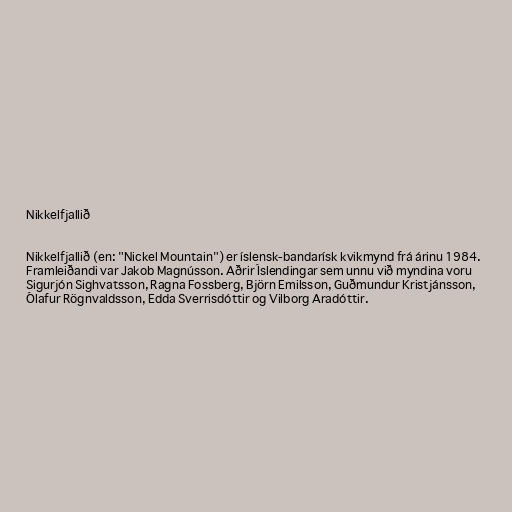
Nikkelfjallið

Nikkelfjallið (en: "Nickel Mountain") er íslensk-bandarísk kvikmynd frá árinu 1984.
Framleiðandi var Jakob Magnússon. Aðrir Íslendingar sem unnu við myndina voru
Sigurjón Sighvatsson, Ragna Fossberg, Björn Emilsson, Guðmundur Kristjánsson,
Ólafur Rögnvaldsson, Edda Sverrisdóttir og Vilborg Aradóttir.